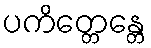
ပကိတ္တေန္တေ